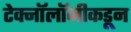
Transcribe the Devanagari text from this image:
टेक्नॉलॉजीकडून